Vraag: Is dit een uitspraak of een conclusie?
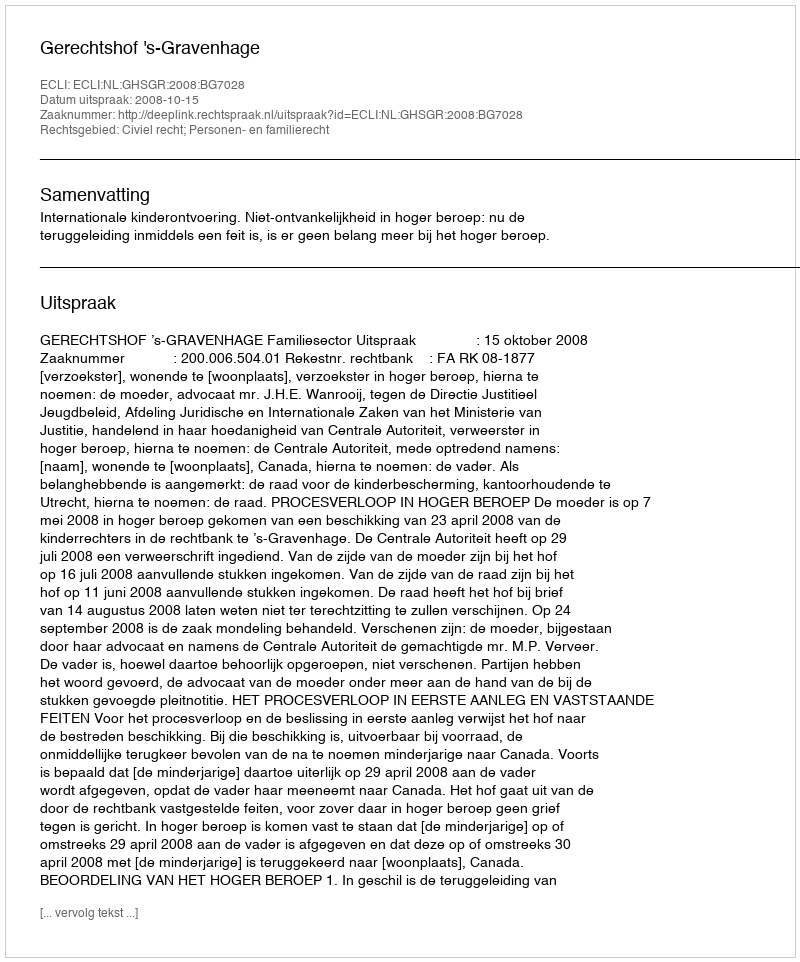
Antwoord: Uitspraak